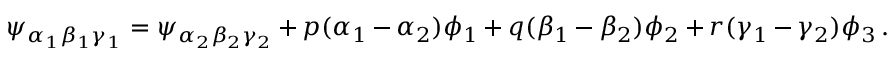
\psi _ { \alpha _ { 1 } \beta _ { 1 } \gamma _ { 1 } } = \psi _ { \alpha _ { 2 } \beta _ { 2 } \gamma _ { 2 } } + p ( \alpha _ { 1 } - \alpha _ { 2 } ) \phi _ { 1 } + q ( \beta _ { 1 } - \beta _ { 2 } ) \phi _ { 2 } + r ( \gamma _ { 1 } - \gamma _ { 2 } ) \phi _ { 3 } \, .